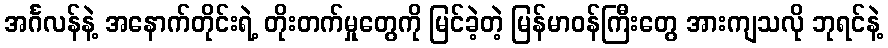
အင်္ဂလန်နဲ့ အနောက်တိုင်းရဲ့ တိုးတက်မှုတွေကို မြင်ခဲ့တဲ့ မြန်မာဝန်ကြီးတွေ အားကျသလို ဘုရင်နဲ့